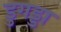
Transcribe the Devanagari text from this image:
डुगड्डा